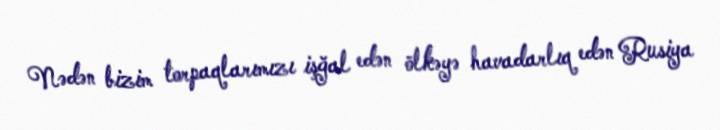
Nədən bizim torpaqlarımızı işğal edən ölkəyə havadarlıq edən Rusiya